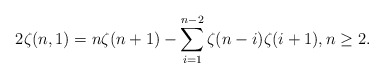
\begin{align*} 2\zeta(n,1)=n\zeta(n+1)-\sum_{i=1}^{n-2} \zeta(n-i)\zeta(i+1), n\geq 2.\end{align*}